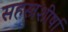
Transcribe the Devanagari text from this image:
सहस्त्रशीर्षा